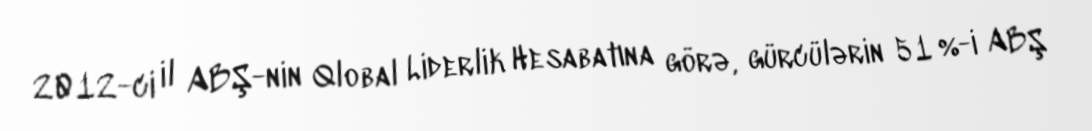
2012-ci il ABŞ-nin Qlobal Liderlik Hesabatına görə, gürcülərin 51 %-i ABŞ